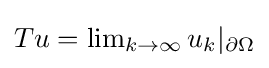
{\textstyle Tu=\lim _{k\to \infty }u_{k}|_{\partial \Omega }}